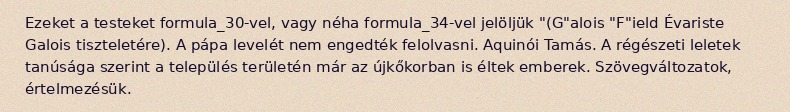
Ezeket a testeket formula_30-vel, vagy néha formula_34-vel jelöljük "(G"alois "F"ield Évariste Galois tiszteletére). A pápa levelét nem engedték felolvasni. Aquinói Tamás. A régészeti leletek tanúsága szerint a település területén már az újkőkorban is éltek emberek. Szövegváltozatok, értelmezésük.